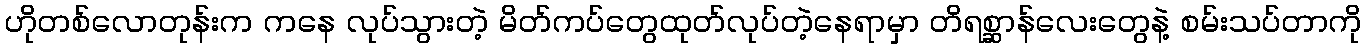
ဟိုတစ်လောတုန်းက ကနေ လုပ်သွားတဲ့ မိတ်ကပ်တွေထုတ်လုပ်တဲ့နေရာမှာ တိရစ္ဆာန်လေးတွေနဲ့ စမ်းသပ်တာကို